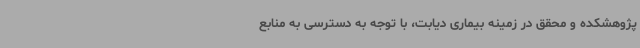
پژوهشکده و محقق در زمینه بیماری دیابت، با توجه به دسترسی به منابع